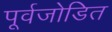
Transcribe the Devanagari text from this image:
पूर्वजोडित